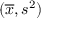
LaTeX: ( { \overline { { x } } } , s ^ { 2 } )